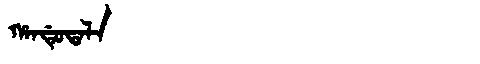
Manchu: ᡥᠠᠨᡩᡠᡨᠠᠯᠠ
Romanization: HANDUTALA